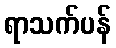
ရာသက်ပန်